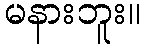
မနားဘူး။